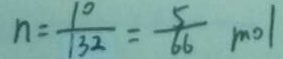
n = \frac { 1 0 } { 1 3 2 } = \frac { 5 } { 6 6 } m o l